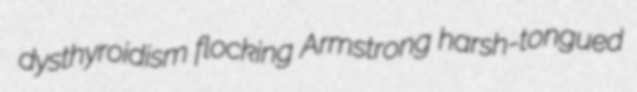
dysthyroidism flocking Armstrong harsh-tongued